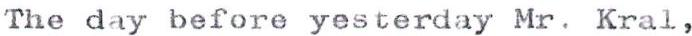
The day before yesterday Mr. Kral,